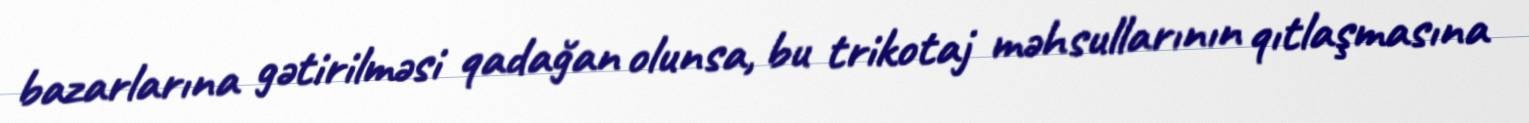
bazarlarına gətirilməsi qadağan olunsa, bu trikotaj məhsullarının qıtlaşmasına